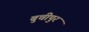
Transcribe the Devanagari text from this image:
बुचीपुर